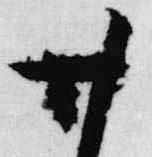
廿